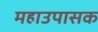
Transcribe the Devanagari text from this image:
महाउपासक